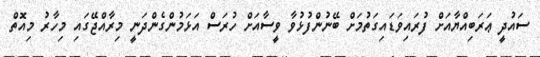
ސައުދީ ޢަރަބިއްޔާއަށް ފުރައިވަޑައިގަތުމަށް ބޭނުންފުޅުވާ ވީސާއަށް ހުރަސް އަޅަމުންގެންދަނީ މިރާއްޖޭގައި މިހާރު މިއޮތް